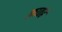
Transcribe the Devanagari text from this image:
फ़ातहे